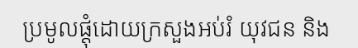
ប្រមូលផ្តុំដោយក្រសួងអប់រំ យុវជន និង